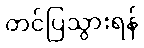
တင်ပြသွားရန်